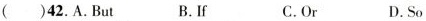
( )42.A.But B.lf C.Or D.So